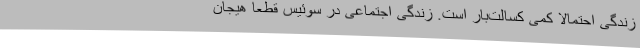
زندگی احتمالا کمی کسالت‌بار است. زندگی اجتماعی در سوئیس قطعا هیجان